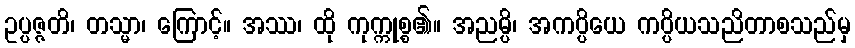
ဥပ္ပဇ္ဇတိ၊ တသ္မာ၊ ကြောင့်။ အဿ၊ ထို ကုက္ကုစ္စ၏။ အညမ္ပိ၊ အကပ္ပိယေ ကပ္ပိယသညိတာစသည်မှ